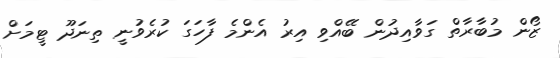
ޒޯން މުބާރާތް ގަވާއިދުން ބޭއްވި އިރު އެންމެ ފާހަގަ ކުރެވުނީ ތިނަދޫ ޓީމަށް